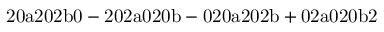
\mathrm { 2 0 a 2 0 2 b 0 - 2 0 2 a 0 2 0 b - 0 2 0 a 2 0 2 b + 0 2 a 0 2 0 b 2 }